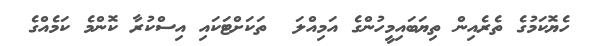
ހެޔޮކަމުގެ ތެރެއިން ތިޔަބައިމީހުންގެ އަމިއްލަ  ތަކަށްޓަކައި އިސްކުރާ ކޮންމެ ކަމެއްގެ